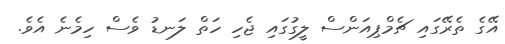
އޭގެ ތެރޭގައި ޗެމްޕިއަންސް ލީގުގައި ޖެހި ހަތް ލަނޑު ވެސް ހިމެނެ އެވެ.